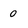
Character: 0